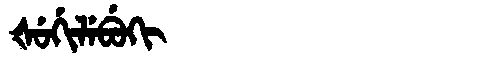
Manchu: ᡧᡠᡤᡳᠯᡝᠪᡠᡴᡳ
Romanization: ŠUGILEBUKI